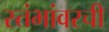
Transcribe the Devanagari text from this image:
स्तंभांवरची